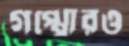
গপ্পোরও